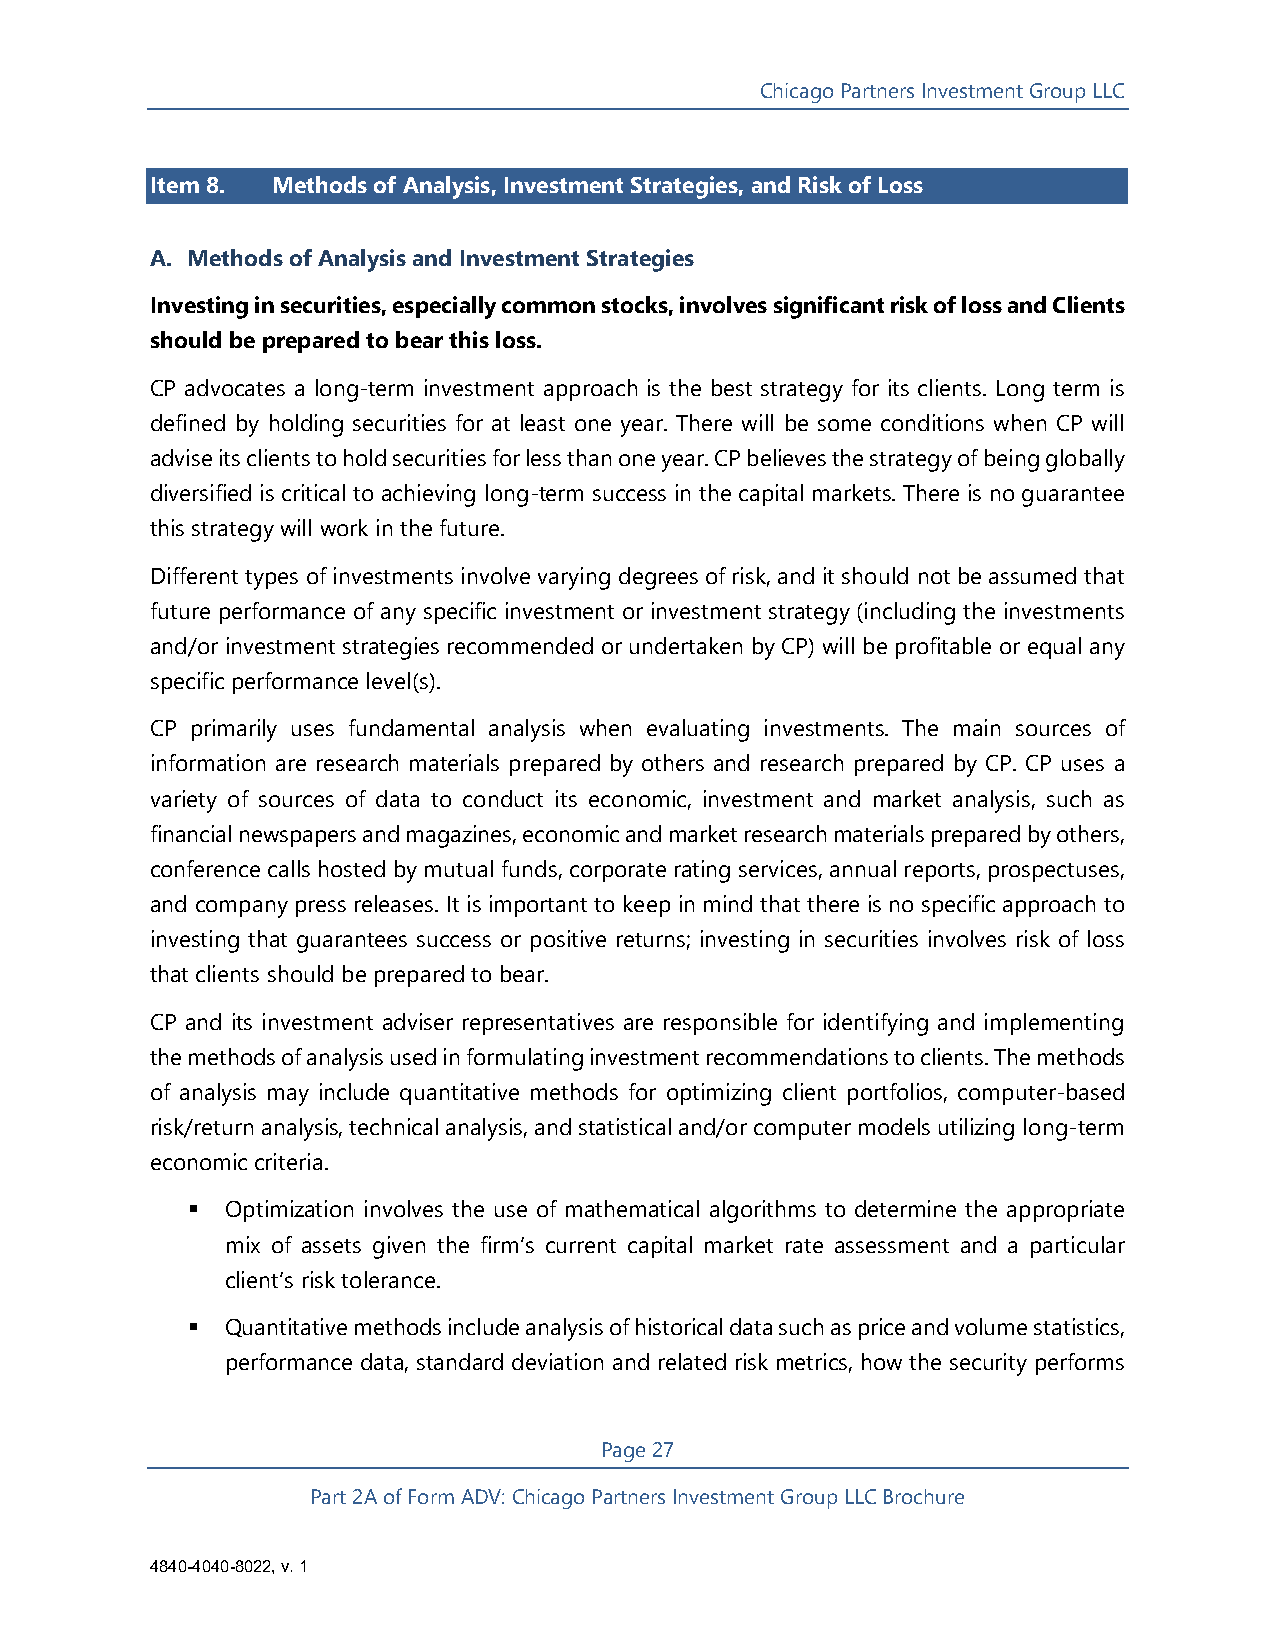
Chicago Partners Investment Group LLC
 Item 8. Methods of Analysis, Investment Strategies, and Risk of Loss
 A. Methods of Analysis and Investment Strategies
 Investing in securities, especially common stocks, involves significant risk of loss and Clients
 should be prepared to bear this loss.
 CP advocates a long-term investment approach is the best strategy for its clients. Long term is
 defined by holding securities for at least one year. There will be some conditions when CP will
 advise its clients to hold securities for less than one year. CP believes the strategy of being globally
 diversified is critical to achieving long-term success in the capital markets. There is no guarantee
 this strategy will work in the future.
 Different types of investments involve varying degrees of risk, and it should not be assumed that
 future performance of any specific investment or investment strategy (including the investments
 and/or investment strategies recommended or undertaken by CP) will be profitable or equal any
 specific performance level(s).
 CP primarily uses fundamental analysis when evaluating investments. The main sources of
 information are research materials prepared by others and research prepared by CP. CP uses a
 variety of sources of data to conduct its economic, investment and market analysis, such as
 financial newspapers and magazines, economic and market research materials prepared by others,
 conference calls hosted by mutual funds, corporate rating services, annual reports, prospectuses,
 and company press releases. It is important to keep in mind that there is no specific approach to
 investing that guarantees success or positive returns; investing in securities involves risk of loss
 that clients should be prepared to bear.
 CP and its investment adviser representatives are responsible for identifying and implementing
 the methods of analysis used in formulating investment recommendations to clients. The methods
 of analysis may include quantitative methods for optimizing client portfolios, computer-based
 risk/return analysis, technical analysis, and statistical and/or computer models utilizing long-term
 economic criteria.
   Optimization involves the use of mathematical algorithms to determine the appropriate
 mix of assets given the firm’s current capital market rate assessment and a particular
 client’s risk tolerance.
   Quantitative methods include analysis of historical data such as price and volume statistics,
 performance data, standard deviation and related risk metrics, how the security performs
 Page 27
 Part 2A of Form ADV: Chicago Partners Investment Group LLC Brochure
 4840-4040-8022, v. 1